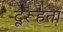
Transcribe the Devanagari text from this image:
दूरूहता